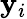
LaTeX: \mathbf{y}_{i}